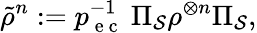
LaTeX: \tilde{\rho}^{n}:=p_{\mathrm{~e~c~}}^{-1}~\Pi_{\mathcal{S}}\rho^{\otimes n}\Pi_{\mathcal{S}},